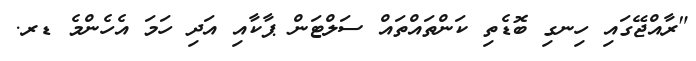
"ރާއްޖޭގައި ހިނގި ބޮޑެތި ކަންތައްތައް ސަލްޓަން ޕާކާއި އަދި ހަމަ އެހެންމެ ޑރ.